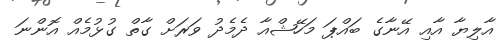
އާލިޔާ އާއި އޭނާގެ ބައްޕަ މަހޭޝްއާ ދެމެދު ވަރަށް ގާތް ގުޅުމެއް އޮންނަ